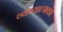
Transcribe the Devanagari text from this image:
व्यंग्यात्मक।